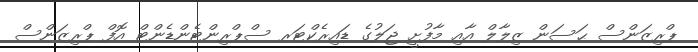
ޕްރިޒަންސް ޙަސަން ޒިލާލް އާއި މާފުށީ ޖަލުގެ ޑައިރެކްޓަރ ސްޕްރިންޓެންޑެންޓް އޮފް ޕްރިޒަންސް